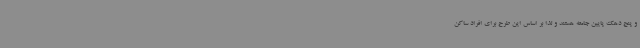
و پنج دهک پایین جامعه هستند و لذا بر اساس این طرح برای افراد ساکن